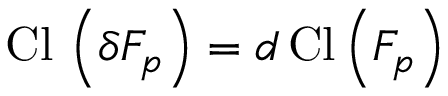
\mathrm { C l } \, \left( \delta F _ { p } \right) = d \, \mathrm { C l } \left( F _ { p } \right)